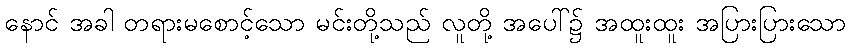
နောင် အခါ တရားမစောင့်သော မင်းတို့သည် လူတို့ အပေါ်၌ အထူးထူး အပြားပြားသော